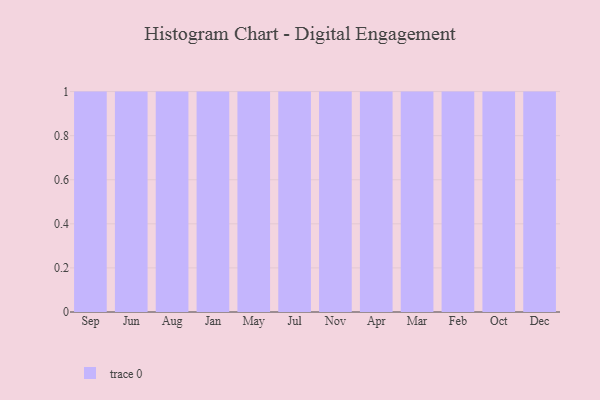
{"axis": {"x": "Month", "y": "Population (Million)"}, "legend": [""], "data": [{"x": "Sep", "y": 79, "type": ""}, {"x": "Jun", "y": 62, "type": ""}, {"x": "Aug", "y": 37, "type": ""}, {"x": "Jan", "y": 38, "type": ""}, {"x": "May", "y": 96, "type": ""}, {"x": "Jul", "y": 72, "type": ""}, {"x": "Nov", "y": 26, "type": ""}, {"x": "Apr", "y": 36, "type": ""}, {"x": "Mar", "y": 9, "type": ""}, {"x": "Feb", "y": 87, "type": ""}, {"x": "Oct", "y": 83, "type": ""}, {"x": "Dec", "y": 23, "type": ""}]}